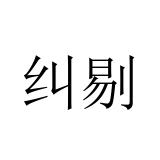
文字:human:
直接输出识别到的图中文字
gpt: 纠剔